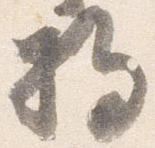
将